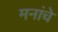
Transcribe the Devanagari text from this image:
मनांचे